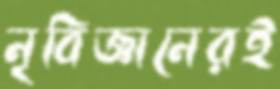
নৃবিজ্ঞানেরই